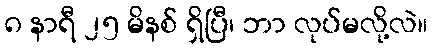
၈ နာရီ ၂၅ မိနစ် ရှိပြီ၊ ဘာ လုပ်မလို့လဲ။